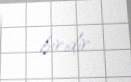
biridir.